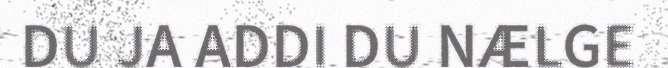
DU JA ADDI DU NÆLGE